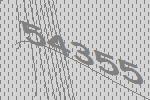
54355